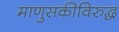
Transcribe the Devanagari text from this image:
माणुसकीविरुद्ध